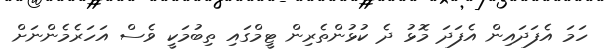
ހަމަ އެފަދައިން އެފަދަ މޮޅު ދެ ކުޅުންތެރިން ޓީމްގައި ތިބުމަކީ ވެސް އަހަރެމެންނަށް